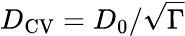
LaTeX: D_{\mathrm{CV}}=D_{0}/\sqrt{\Gamma}